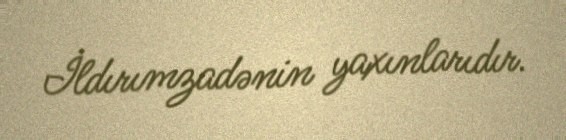
İldırımzadənin yaxınlarıdır.